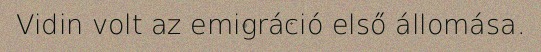
Vidin volt az emigráció első állomása.